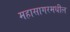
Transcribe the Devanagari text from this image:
महासागरमधील